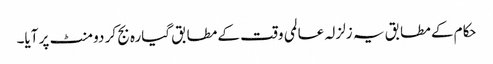
حکام کے مطابق یہ زلزلہ عالمی وقت کے مطابق گیارہ بج کر دو منٹ پر آیا۔